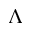
\Lambda